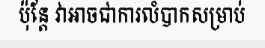
ប៉ុន្តែ វាអាចជាការលំបាកសម្រាប់